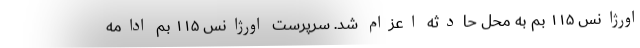
اورژانس ۱۱۵ بم به محل حادثه اعزام شد. سرپرست اورژانس ۱۱۵ بم ادامه